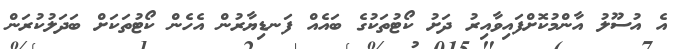
އެ އުސޫލު އާންމުކޮށްފައިވާއިރު ދަށު ކޯޓުތަކުގެ ބައެއް ފަނޑިޔާރުން އެހެން ކޯޓުތަކަށް ބަދަލުކުރަން